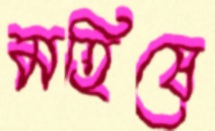
মহিষে